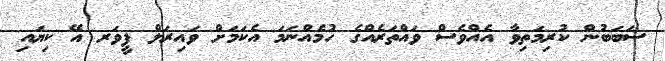
ސަބަބުން ކުރިމަތިވާ އެއްވެސް ވައްތަރެއްގެ ހުމެއްނަމަ އެކަމަށް ވައިރަލް ފީވަރ އޭ ކިޔައި